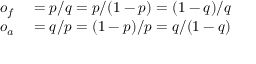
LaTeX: \begin{array} { r l } { o _ { f } } & { { } = p / q = p / ( 1 - p ) = ( 1 - q ) / q } \\ { o _ { a } } & { { } = q / p = ( 1 - p ) / p = q / ( 1 - q ) } \end{array}